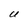
Character: U